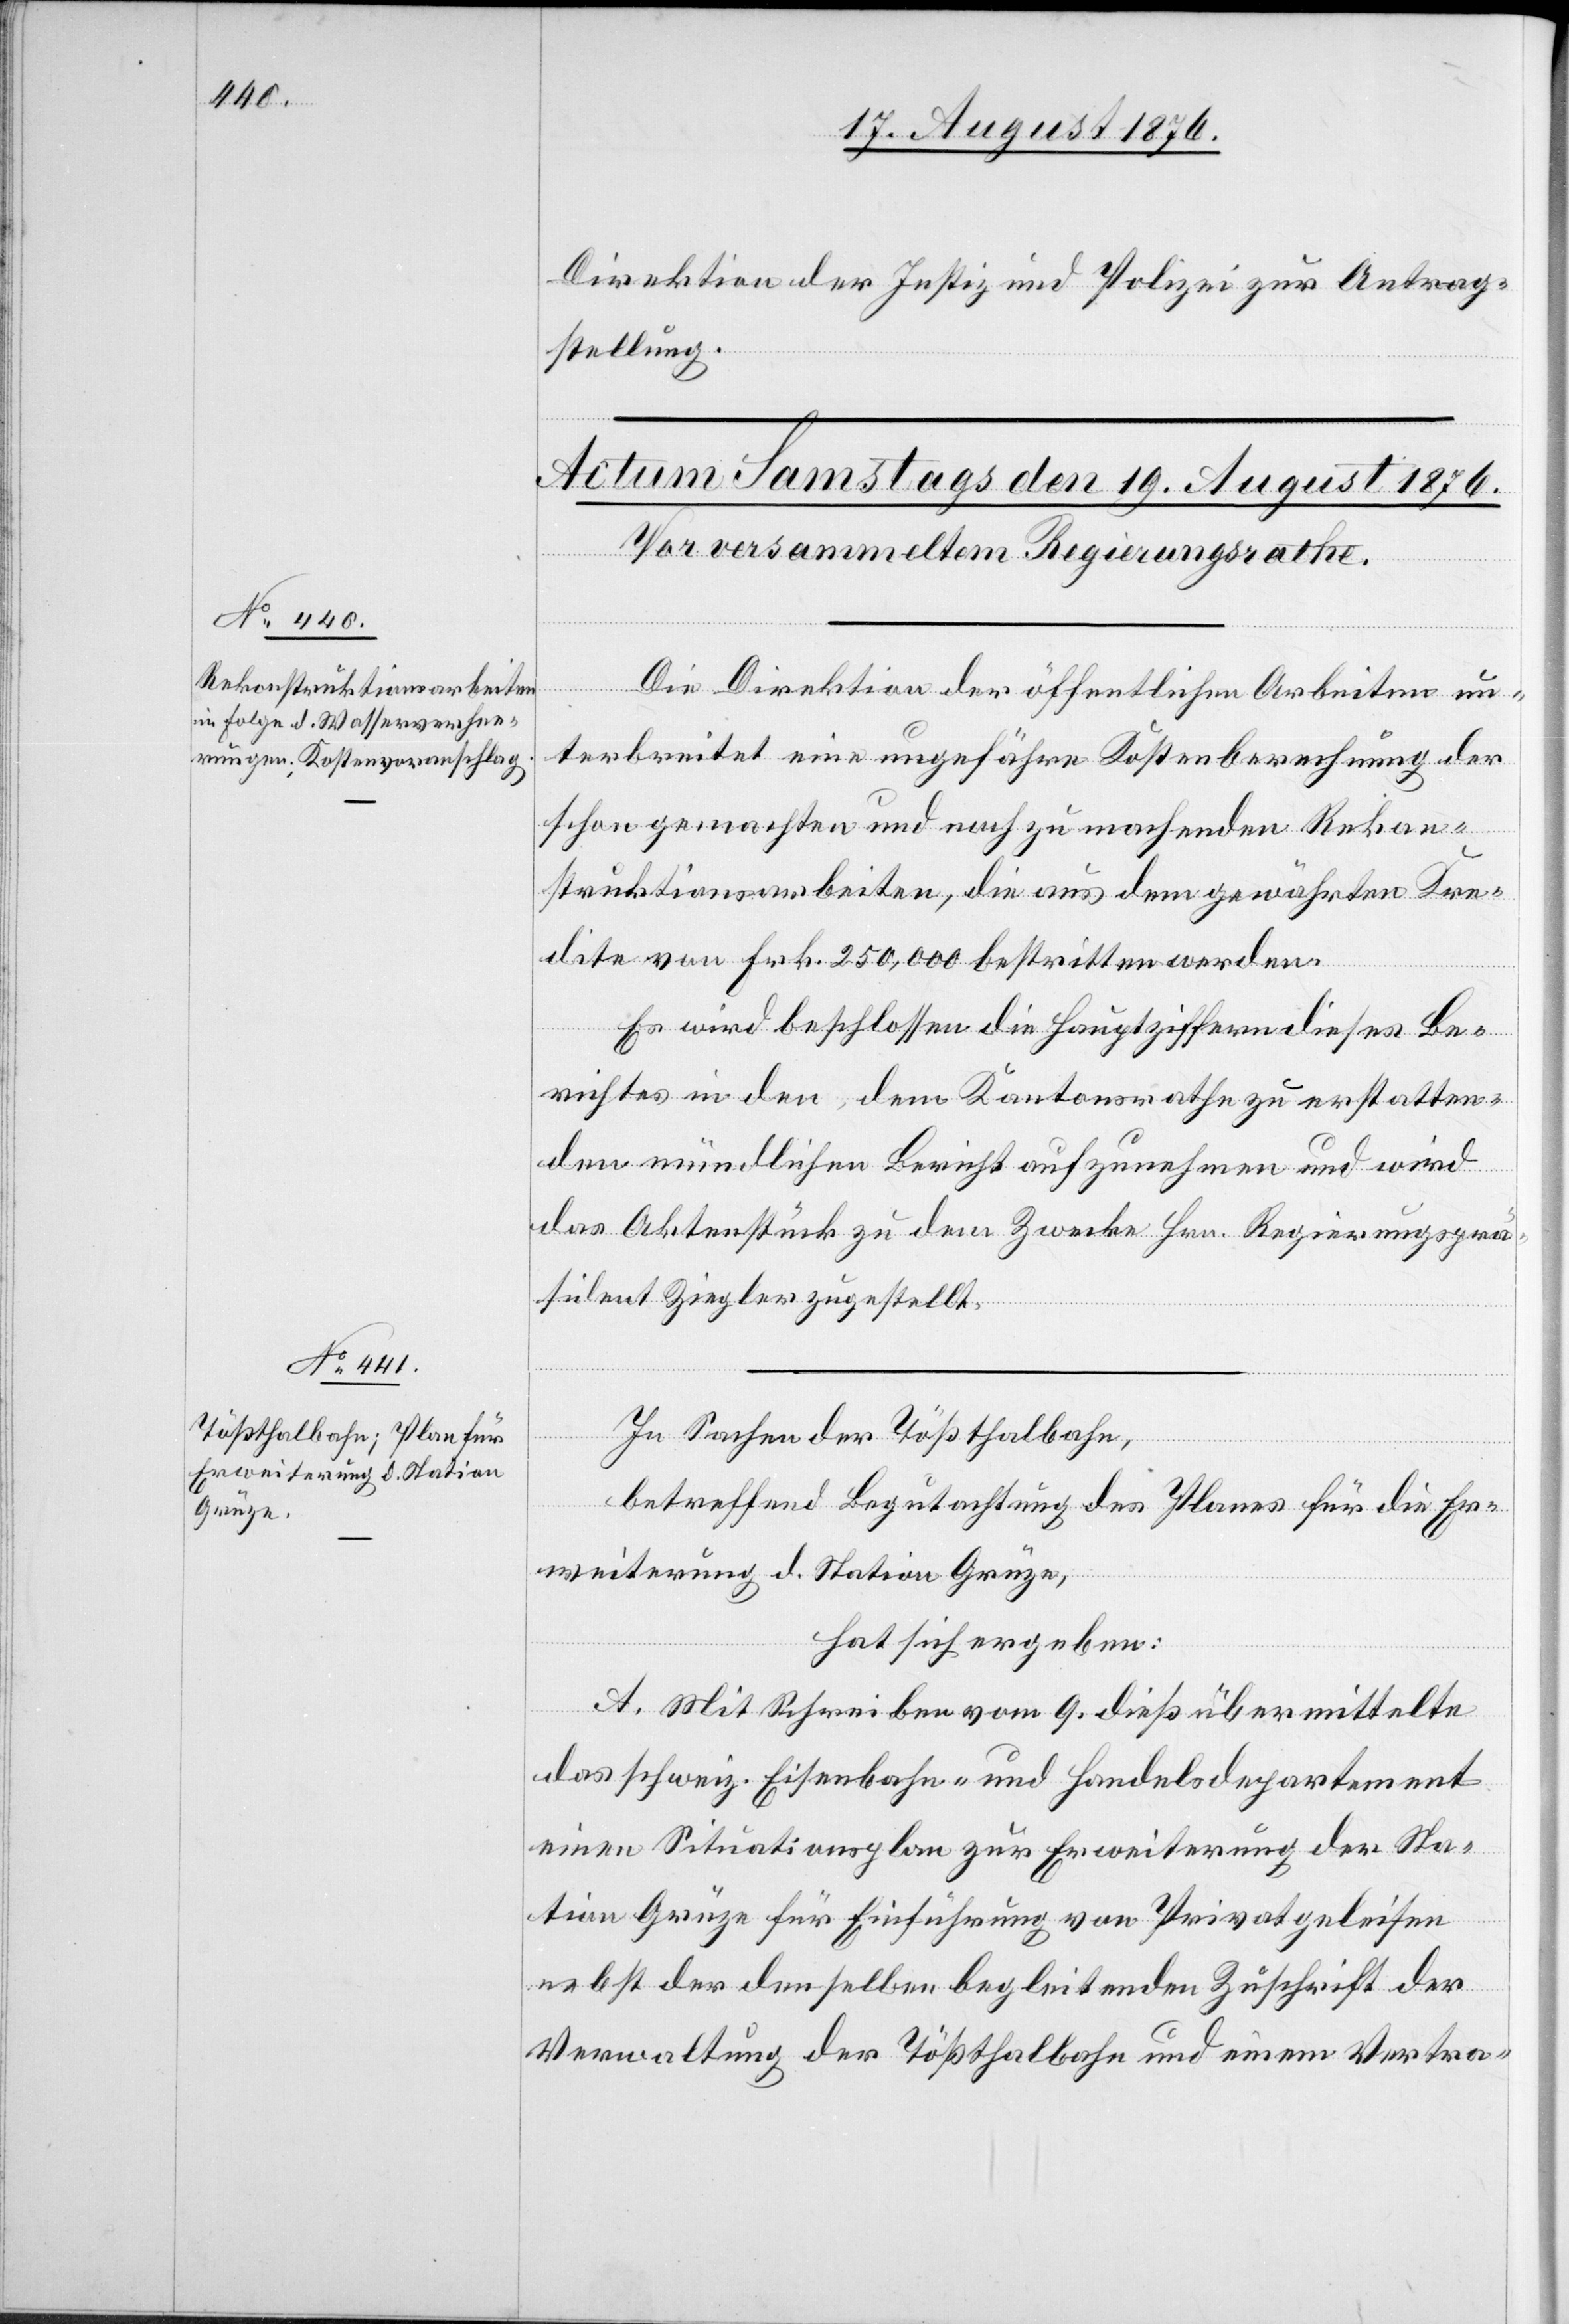
Direktion der Justiz und Polizei zur Antrag¬
stellung.
Die Direktion der öffentlichen Arbeiten un¬
terbreitet eine ungefähre Kostenberechnung der
schon gemachten und noch zu machenden Rekon¬
struktionsarbeiten, die aus dem gewählten Kre¬
dite von Frk. 250,000 bestritten werden.
Es wird beschlossen die Hauptziffern dieses Be¬
richtes in den dem Kantonsrathe zu erstatten¬
den mündlichen Bericht aufzunehmen und wird
das Aktenstück zu dem Zwecke Hrn. Regierungsra¬
th Ziegler zugestellt.
In Sachen der Tößthalbahn,
betreffend Begutachtung des Planes für die Er¬
weiterung d. Station Grüze,
hat sich ergeben:
A. Mit Schreiben vom 9. dieß übermittelte
das schweiz. Eisenbahn- und Handelsdepartement
einen Situationsplan zur Erweiterung der Sta¬
tion Grüze für Einführung von Privatgeleisen
nebst der denselben begleitenden Zuschrift der
Verwaltung der Tößthalbahn und einem Vertra-